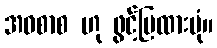
အဝစာစ ဟု ဖွင့်ပြထားပုံ။